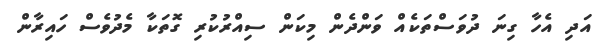
އަދި އެހާ ގިނަ ދުވަސްތަކެއް ވަންދެން މިކަން ސިއްރުކުރި ގޮތަކާ މެދުވެސް ހައިރާން